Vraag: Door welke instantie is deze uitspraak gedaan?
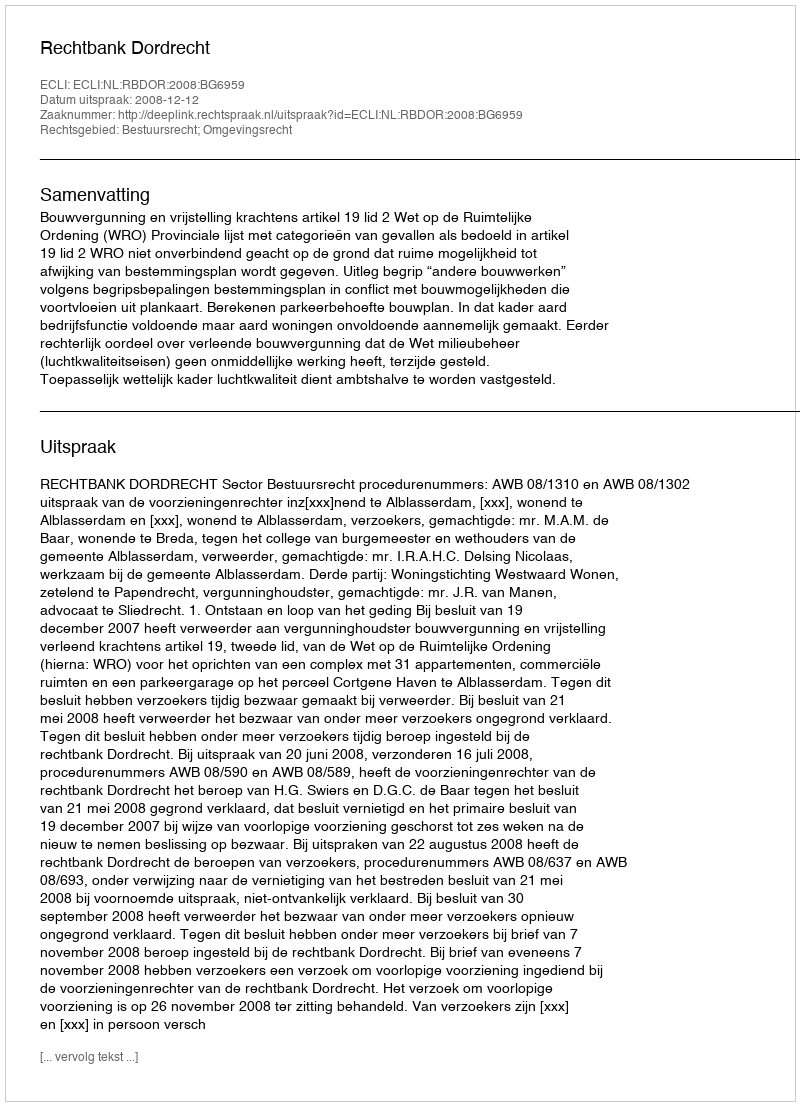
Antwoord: Rechtbank Dordrecht